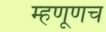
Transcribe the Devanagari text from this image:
म्हणूणच